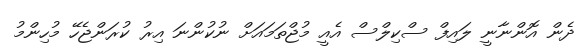
ދެން އޮންނާނީ ލައިފް ސްކިލްސް އެއީ މުޖްތަމައަށް ނުކުންނަ އިރު ކުރަންޖެހޭ މުހިންމު